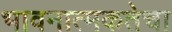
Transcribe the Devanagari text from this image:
भावनात्मकतेचा